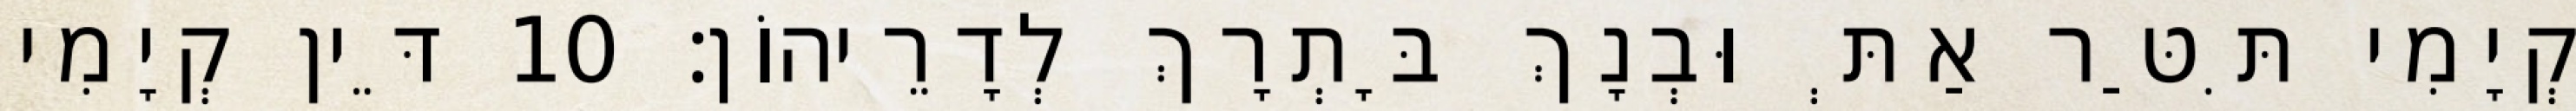
קְיָמִי תִּטַּר אַתְּ וּבְנָךְ בָּתְרָךְ לְדָרֵיהוֹן׃ 10 דֵּין קְיָמִי